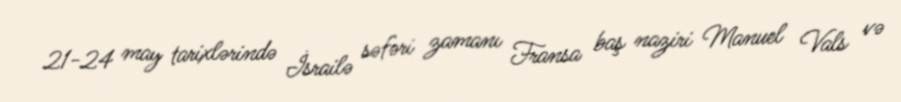
21-24 may tarixlərində İsrailə səfəri zamanı Fransa baş naziri Manuel Vals və